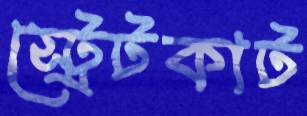
স্ট্রেটকাট